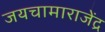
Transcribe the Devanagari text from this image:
जयचामाराजेंद्र